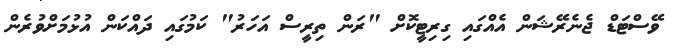
ވޭސްޓަޑް ޖެނެރޭޝަން އެއްގައި ގިރިޓީކޮށް "ރަން ތިރީސް އަހަރު" ކަމުގައި ދައްކަން އުޅުމަށްވުރެން